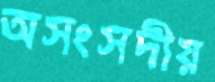
অসংসদীয়